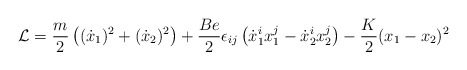
\begin{align*}{\cal L} = \frac{m}{2} \left((\dot x_1)^2 + (\dot x_2)^2\right) +\frac{Be}{2} \epsilon_{ij} \left(\dot x_1^i x_1^j - \dot x_2^i x_2^j\right) -\frac{K}{2} (x_1 - x_2)^2\end{align*}